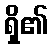
ရှိ၏